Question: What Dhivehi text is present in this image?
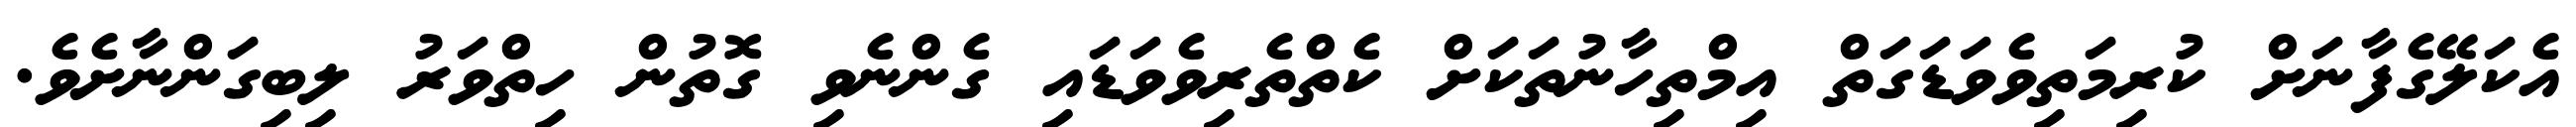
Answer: އެކަލޭގެފާނަށް ކުރިމަތިވެވަޑަގަތް އިމްތިހާނުތަކަށް ކެތްތެރިވެވަޑައި ގެންނެވި ގޮތުން ހިތްވަރު ލިބިގަންނާށެވެ.